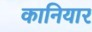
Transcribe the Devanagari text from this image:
कानियार